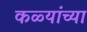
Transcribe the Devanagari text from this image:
कळ्यांच्या